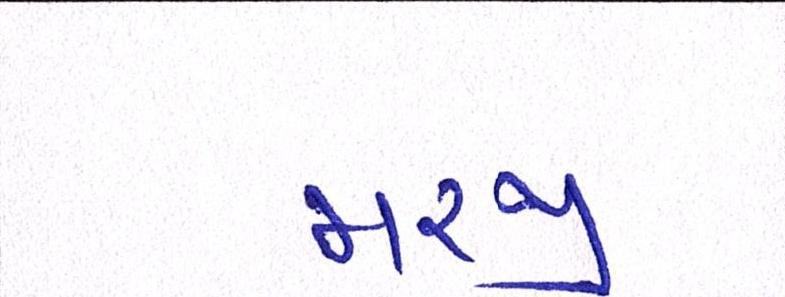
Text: મરજી